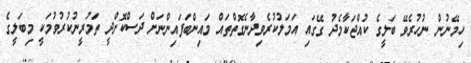
ހިމޭނުން ނުހުރެވޭ ބަލީގެ ކުއްޖަކާމެދު ގޭގައި އަމަލުކުރެވިދާނެގޮތްތައް މައިންބަފައިންނަށް ދަސްކޮށްދީ ތަމުރީނުކުރުވުމަކީ މިބަލީގެ